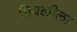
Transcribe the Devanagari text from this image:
प्रियलीला